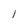
Character: l